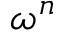
\omega ^ { n }